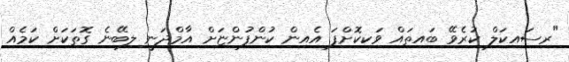
"ރިސައިކަލް ކުރެވޭ ބައިތައް ވަކިކޮށްފަ އެއިން ކުންފުންޏަށް އާމްދަނީ ލިބޭނެ ގޮތަކަށް ކަމެއް